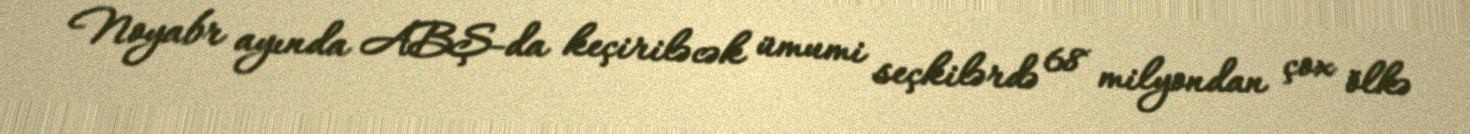
Noyabr ayında ABŞ-da keçiriləcək ümumi seçkilərdə 68 milyondan çox ölkə